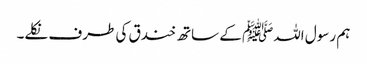
ہم رسول اللہﷺ کے ساتھ خندق کی طرف نکلے۔